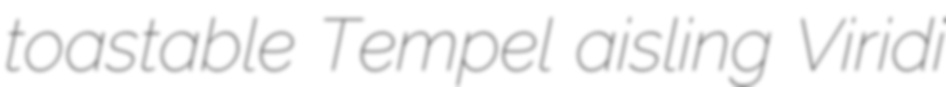
toastable Tempel aisling Viridi